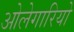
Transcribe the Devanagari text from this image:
ओलेगारियो